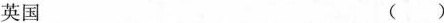
英国 （）